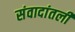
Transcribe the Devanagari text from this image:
संवादांतली